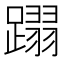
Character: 𨅵